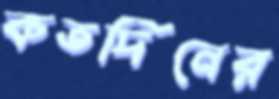
কতদিনের